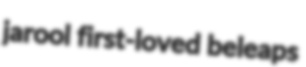
jarool first-loved beleaps